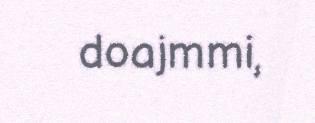
doajmmi,